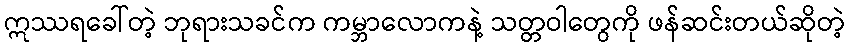
ဣဿရခေါ်တဲ့ ဘုရားသခင်က ကမ္ဘာလောကနဲ့ သတ္တဝါတွေကို ဖန်ဆင်းတယ်ဆိုတဲ့